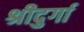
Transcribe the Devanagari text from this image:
श्रीदुर्गा